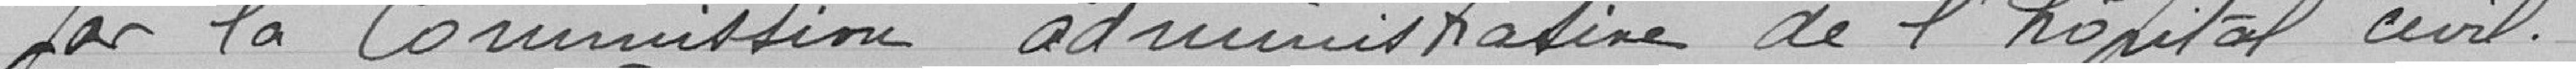
par la commission administrative de l'hôpital civil.